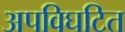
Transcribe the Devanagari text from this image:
अपविघटित